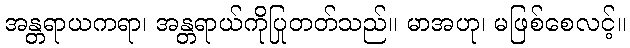
အန္တရာယကရာ၊ အန္တရာယ်ကိုပြုတတ်သည်။ မာအဟု၊ မဖြစ်စေလင့်။